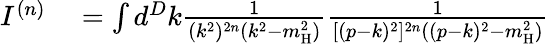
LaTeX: \begin{array}{rl}{I^{(n)}}&{{}=\int d^{D}k\frac{1}{(k^{2})^{2n}(k^{2}-m_{\mathrm{H}}^{2})}\frac{1}{[(p-k)^{2}]^{2n}((p-k)^{2}-m_{\mathrm{H}}^{2})}}\end{array}